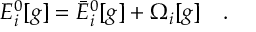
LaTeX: E _ { i } ^ { 0 } [ g ] = \bar { E } _ { i } ^ { 0 } [ g ] + \Omega _ { i } [ g ] ~ ~ ~ .